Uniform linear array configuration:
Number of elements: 8
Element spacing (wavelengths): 0.75
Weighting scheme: kaiser
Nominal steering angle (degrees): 60
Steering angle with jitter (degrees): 60.254
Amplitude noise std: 0.05
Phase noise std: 0.05

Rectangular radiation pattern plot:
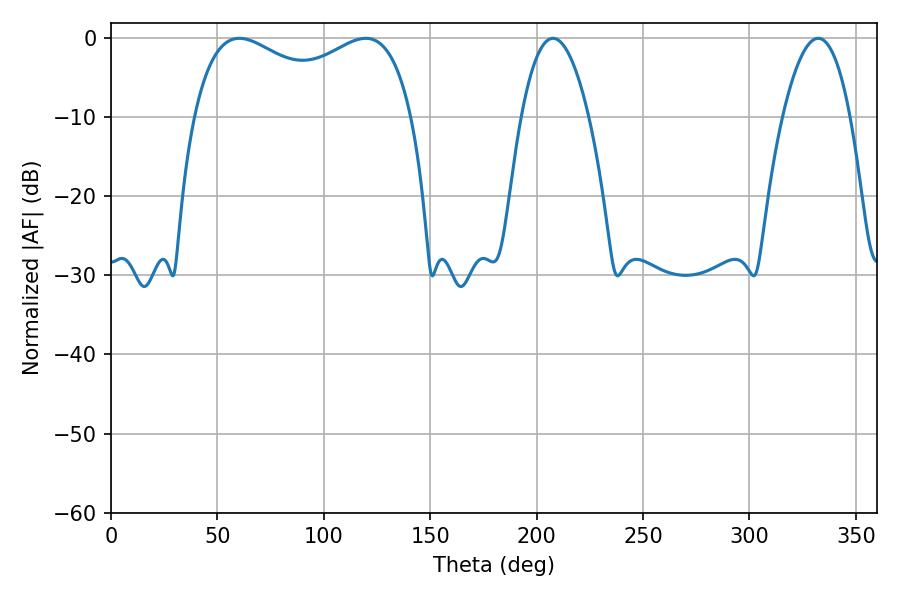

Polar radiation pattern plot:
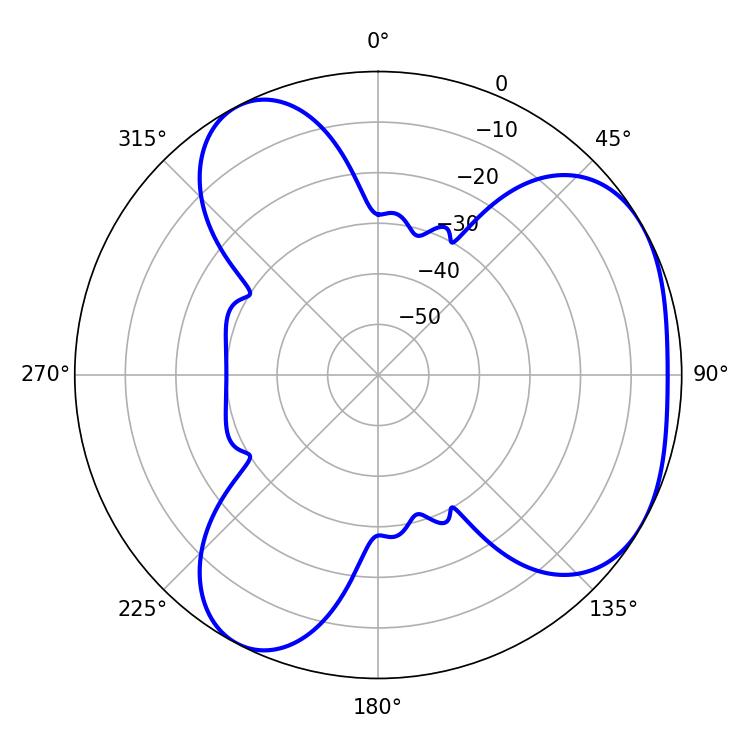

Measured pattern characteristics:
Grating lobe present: TRUE
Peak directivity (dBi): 4.111
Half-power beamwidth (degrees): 85.32
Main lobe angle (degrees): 60.3